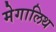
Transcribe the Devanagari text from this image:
मेगालिथ